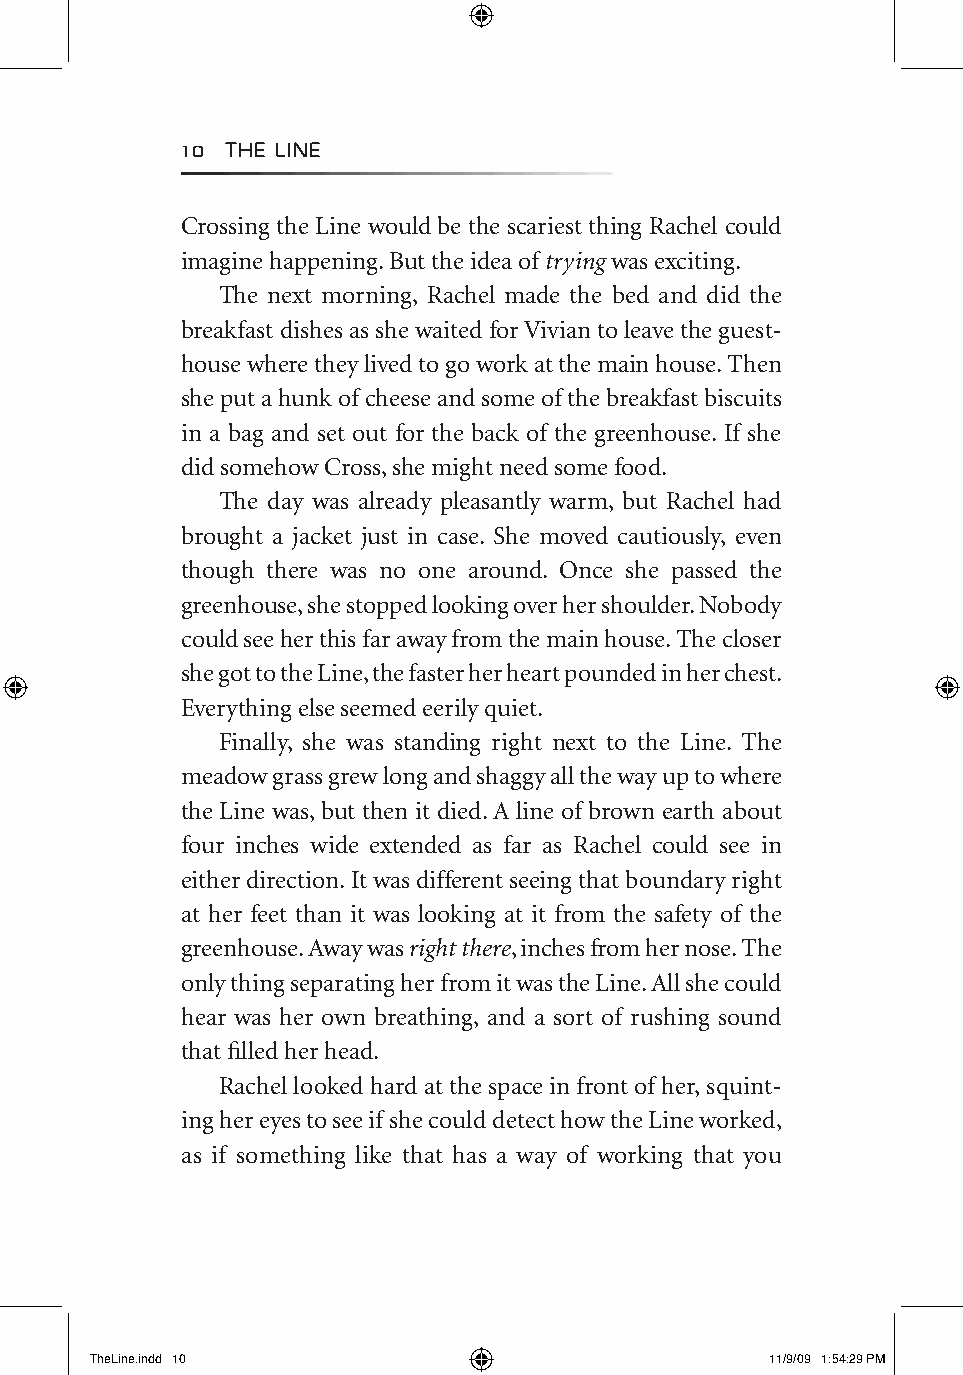
10 The LIne
 Crossing the Line would be the scariest thing Rachel could
 imagine happening. But the idea of trying was exciting.
 The next morning, Rachel made the bed and did the
 breakfast dishes as she waited for Vivian to leave the guest-
 house where they lived to go work at the main house. Then
 she put a hunk of cheese and some of the breakfast biscuits
 in a bag and set out for the back of the greenhouse. If she
 did somehow Cross, she might need some food.
 The day was already pleasantly warm, but Rachel had
 brought a jacket just in case. She moved cautiously, even
 though there was no one around. Once she passed the
 greenhouse, she stopped looking over her shoulder. Nobody
 could see her this far away from the main house. The closer
 she got to the Line, the faster her heart pounded in her chest.
 Everything else seemed eerily quiet.
 Finally, she was standing right next to the Line. The
 meadow grass grew long and shaggy all the way up to where
 the Line was, but then it died. A line of brown earth about
 four inches wide extended as far as Rachel could see in
 either direction. It was different seeing that boundary right
 at her feet than it was looking at it from the safety of the
 greenhouse. Away was right there, inches from her nose. The
 only thing separating her from it was the Line. All she could
 hear was her own breathing, and a sort of rushing sound
 that filled her head.
 Rachel looked hard at the space in front of her, squint-
 ing her eyes to see if she could detect how the Line worked,
 as if something like that has a way of working that you
 TheLine.indd 10                              11/9/09 1:54:29 PM